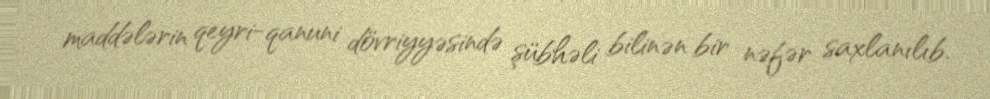
maddələrin qeyri-qanuni dövriyyəsində şübhəli bilinən bir nəfər saxlanılıb.